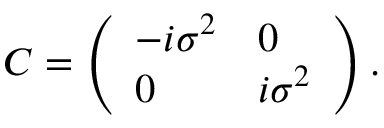
C = \left( \begin{array} { l l } { { - i \sigma ^ { 2 } } } & { { 0 } } \\ { { 0 } } & { { i \sigma ^ { 2 } } } \end{array} \right) .